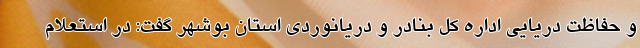
و حفاظت دریایی اداره کل بنادر و دریانوردی استان بوشهر گفت: در استعلام